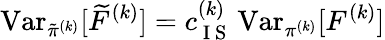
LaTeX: \operatorname{Var}_{\tilde{\pi}^{(k)}}[\widetilde{F}^{(k)}]=c_{\mathrm{~I~S~}}^{(k)}\operatorname{Var}_{\pi^{(k)}}[F^{(k)}]